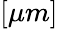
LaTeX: [\mu m]